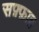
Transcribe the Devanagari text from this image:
सफ़्फ़ाह